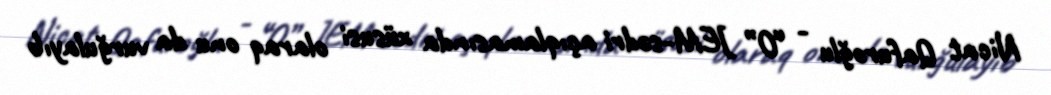
Nicat Qafuroğlu - “O” JEM-sədri açıqlamasında xüsusi olaraq onu da vurğulayıb